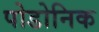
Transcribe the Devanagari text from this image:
पोडोनिक